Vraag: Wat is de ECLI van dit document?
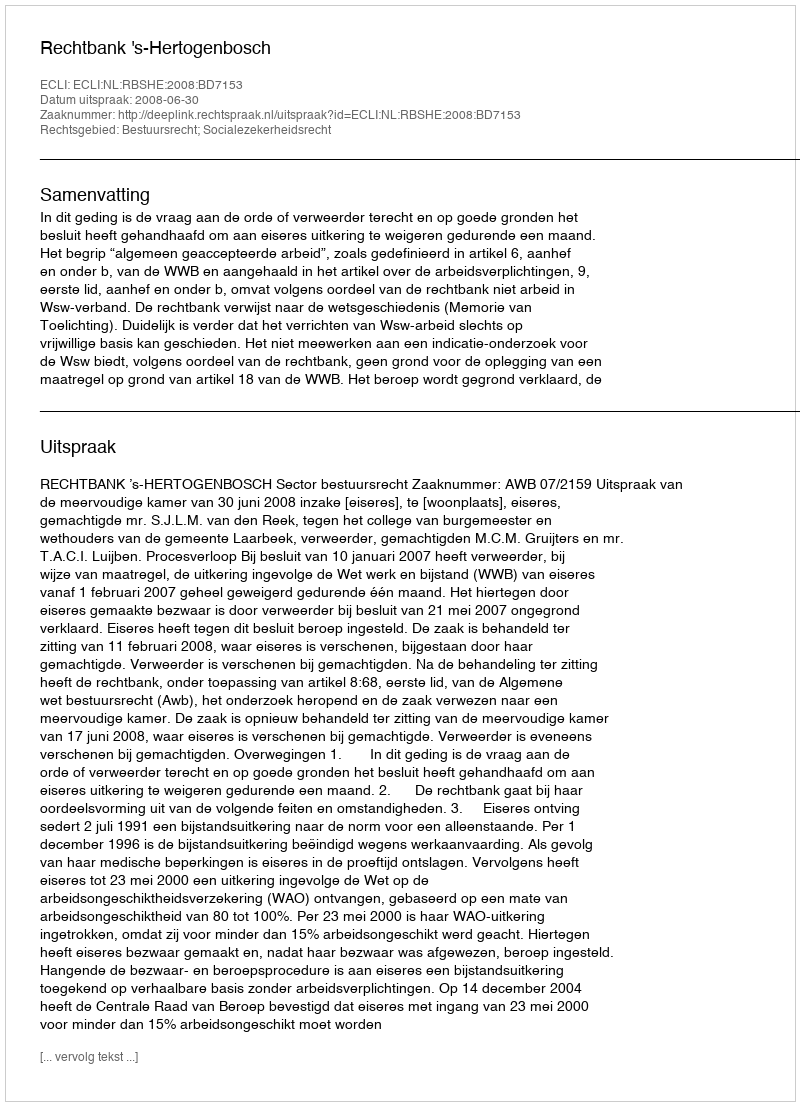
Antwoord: ECLI:NL:RBSHE:2008:BD7153